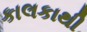
કાલકાથી